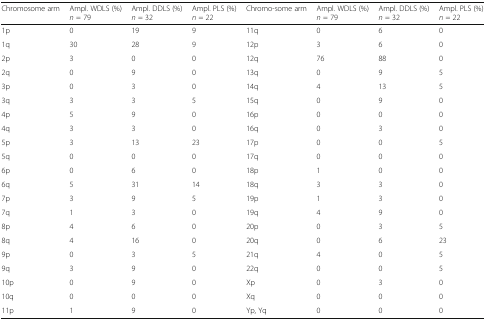
<table><thead><tr><td><b>Chromosome arm</b></td><td><b>Ampl. WDLS (%) <i>n</i> = 79</b></td><td><b>Ampl. DDLS (%) <i>n</i> = 32</b></td><td><b>Ampl. PLS (%) <i>n</i> = 22</b></td><td><b>Chromo-some arm</b></td><td><b>Ampl. WDLS (%) <i>n</i> = 79</b></td><td><b>Ampl. DDLS (%) <i>n</i> = 32</b></td><td><b>Ampl. PLS (%) <i>n</i> = 22</b></td></tr></thead><tbody><tr><td>1p</td><td>0</td><td>19</td><td>9</td><td>11q</td><td>0</td><td>6</td><td>0</td></tr><tr><td>1q</td><td>30</td><td>28</td><td>9</td><td>12p</td><td>3</td><td>6</td><td>0</td></tr><tr><td>2p</td><td>3</td><td>0</td><td>0</td><td>12q</td><td>76</td><td>88</td><td>0</td></tr><tr><td>2q</td><td>0</td><td>9</td><td>0</td><td>13q</td><td>0</td><td>9</td><td>5</td></tr><tr><td>3p</td><td>0</td><td>3</td><td>0</td><td>14q</td><td>4</td><td>13</td><td>5</td></tr><tr><td>3q</td><td>3</td><td>3</td><td>5</td><td>15q</td><td>0</td><td>9</td><td>0</td></tr><tr><td>4p</td><td>5</td><td>9</td><td>0</td><td>16p</td><td>0</td><td>0</td><td>0</td></tr><tr><td>4q</td><td>3</td><td>3</td><td>0</td><td>16q</td><td>0</td><td>3</td><td>0</td></tr><tr><td>5p</td><td>3</td><td>13</td><td>23</td><td>17p</td><td>0</td><td>0</td><td>5</td></tr><tr><td>5q</td><td>0</td><td>0</td><td>0</td><td>17q</td><td>0</td><td>0</td><td>0</td></tr><tr><td>6p</td><td>0</td><td>6</td><td>0</td><td>18p</td><td>1</td><td>0</td><td>0</td></tr><tr><td>6q</td><td>5</td><td>31</td><td>14</td><td>18q</td><td>3</td><td>3</td><td>0</td></tr><tr><td>7p</td><td>3</td><td>9</td><td>5</td><td>19p</td><td>1</td><td>3</td><td>0</td></tr><tr><td>7q</td><td>1</td><td>3</td><td>0</td><td>19q</td><td>4</td><td>9</td><td>0</td></tr><tr><td>8p</td><td>4</td><td>6</td><td>0</td><td>20p</td><td>0</td><td>3</td><td>5</td></tr><tr><td>8q</td><td>4</td><td>16</td><td>0</td><td>20q</td><td>0</td><td>6</td><td>23</td></tr><tr><td>9p</td><td>0</td><td>3</td><td>5</td><td>21q</td><td>4</td><td>0</td><td>5</td></tr><tr><td>9q</td><td>3</td><td>9</td><td>0</td><td>22q</td><td>0</td><td>0</td><td>5</td></tr><tr><td>10p</td><td>0</td><td>9</td><td>0</td><td>Xp</td><td>0</td><td>3</td><td>0</td></tr><tr><td>10q</td><td>0</td><td>0</td><td>0</td><td>Xq</td><td>0</td><td>0</td><td>0</td></tr><tr><td>11p</td><td>1</td><td>9</td><td>0</td><td>Yp, Yq</td><td>0</td><td>0</td><td>0</td></tr></tbody></table>